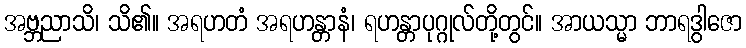
အဗ္ဘညာသိ၊ သိ၏။ အရဟတံ အရဟန္တာနံ၊ ရဟန္တာပုဂ္ဂုလ်တို့တွင်။ အာယသ္မာ ဘာရဒွါဇော